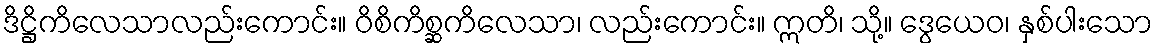
ဒိဋ္ဌိကိလေသာလည်းကောင်း။ ဝိစိကိစ္ဆကိလေသာ၊ လည်းကောင်း။ ဣတိ၊ သို့။ ဒွေယေဝ၊ နှစ်ပါးသော